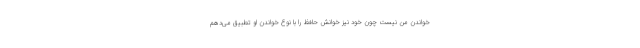
خواندن من نیست چون خود نیز خوانش حافظ را با نوع خواندن او تطبیق می‌دهم